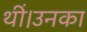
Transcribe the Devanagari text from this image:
थीं।उनका